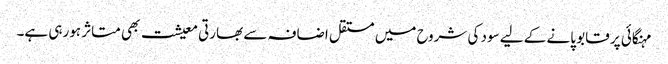
مہنگائی پر قابو پانے کے لیے سود کی شروح میں مستقل اضافہ سے بھارتی معیشت بھی متاثر ہورہی ہے۔